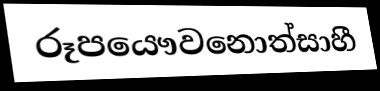
රූපයෞවනොත්සාහී